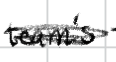
Text: team's
Cross-out: scratch
Writing tool: digital_black